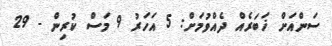
ސަންއަށް ޚަބަރެއް ދެއްވުމަށް: 5 އަހަރު 9 މަސް ކުރިން - 29